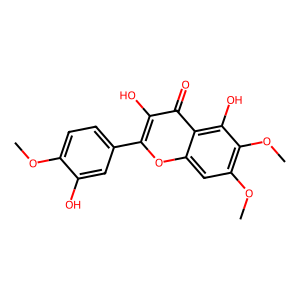
SMILES: COc1ccc(-c2oc3cc(OC)c(OC)c(O)c3c(=O)c2O)cc1O
Inhibits HIV replication: No